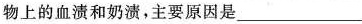
物上的血渍和奶渍，主要原因是___